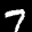
Label: 7